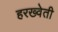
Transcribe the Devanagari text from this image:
हरख्वेती